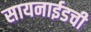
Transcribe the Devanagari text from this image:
सायनाईडची